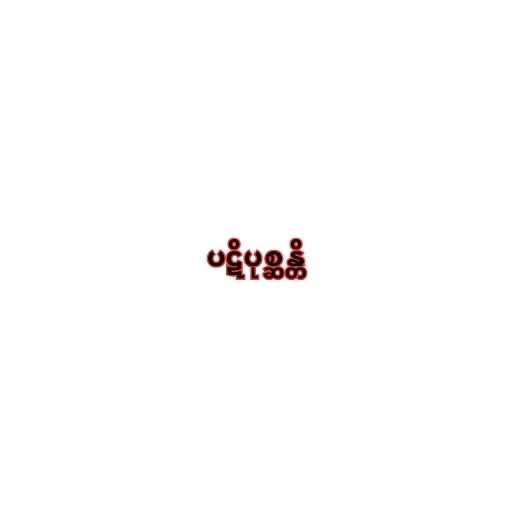
ပဋိပုစ္ဆန္တိ